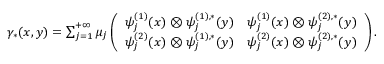
\begin{array} { r } { \gamma _ { * } ( x , y ) = \sum _ { j = 1 } ^ { + \infty } \mu _ { j } \left( \begin{array} { l l } { \psi _ { j } ^ { ( 1 ) } ( x ) \otimes \psi _ { j } ^ { ( 1 ) , * } ( y ) } & { \psi _ { j } ^ { ( 1 ) } ( x ) \otimes \psi _ { j } ^ { ( 2 ) , * } ( y ) } \\ { \psi _ { j } ^ { ( 2 ) } ( x ) \otimes \psi _ { j } ^ { ( 1 ) , * } ( y ) } & { \psi _ { j } ^ { ( 2 ) } ( x ) \otimes \psi _ { j } ^ { ( 2 ) , * } ( y ) } \end{array} \right) . } \end{array}